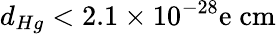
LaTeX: d_{Hg}<2.1\times 10^{-28}\mathrm{e\; cm}